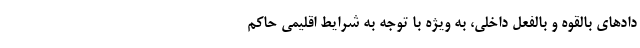
دادهای بالقوه و بالفعل داخلی، به ویژه با توجه به شرایط اقلیمی حاکم